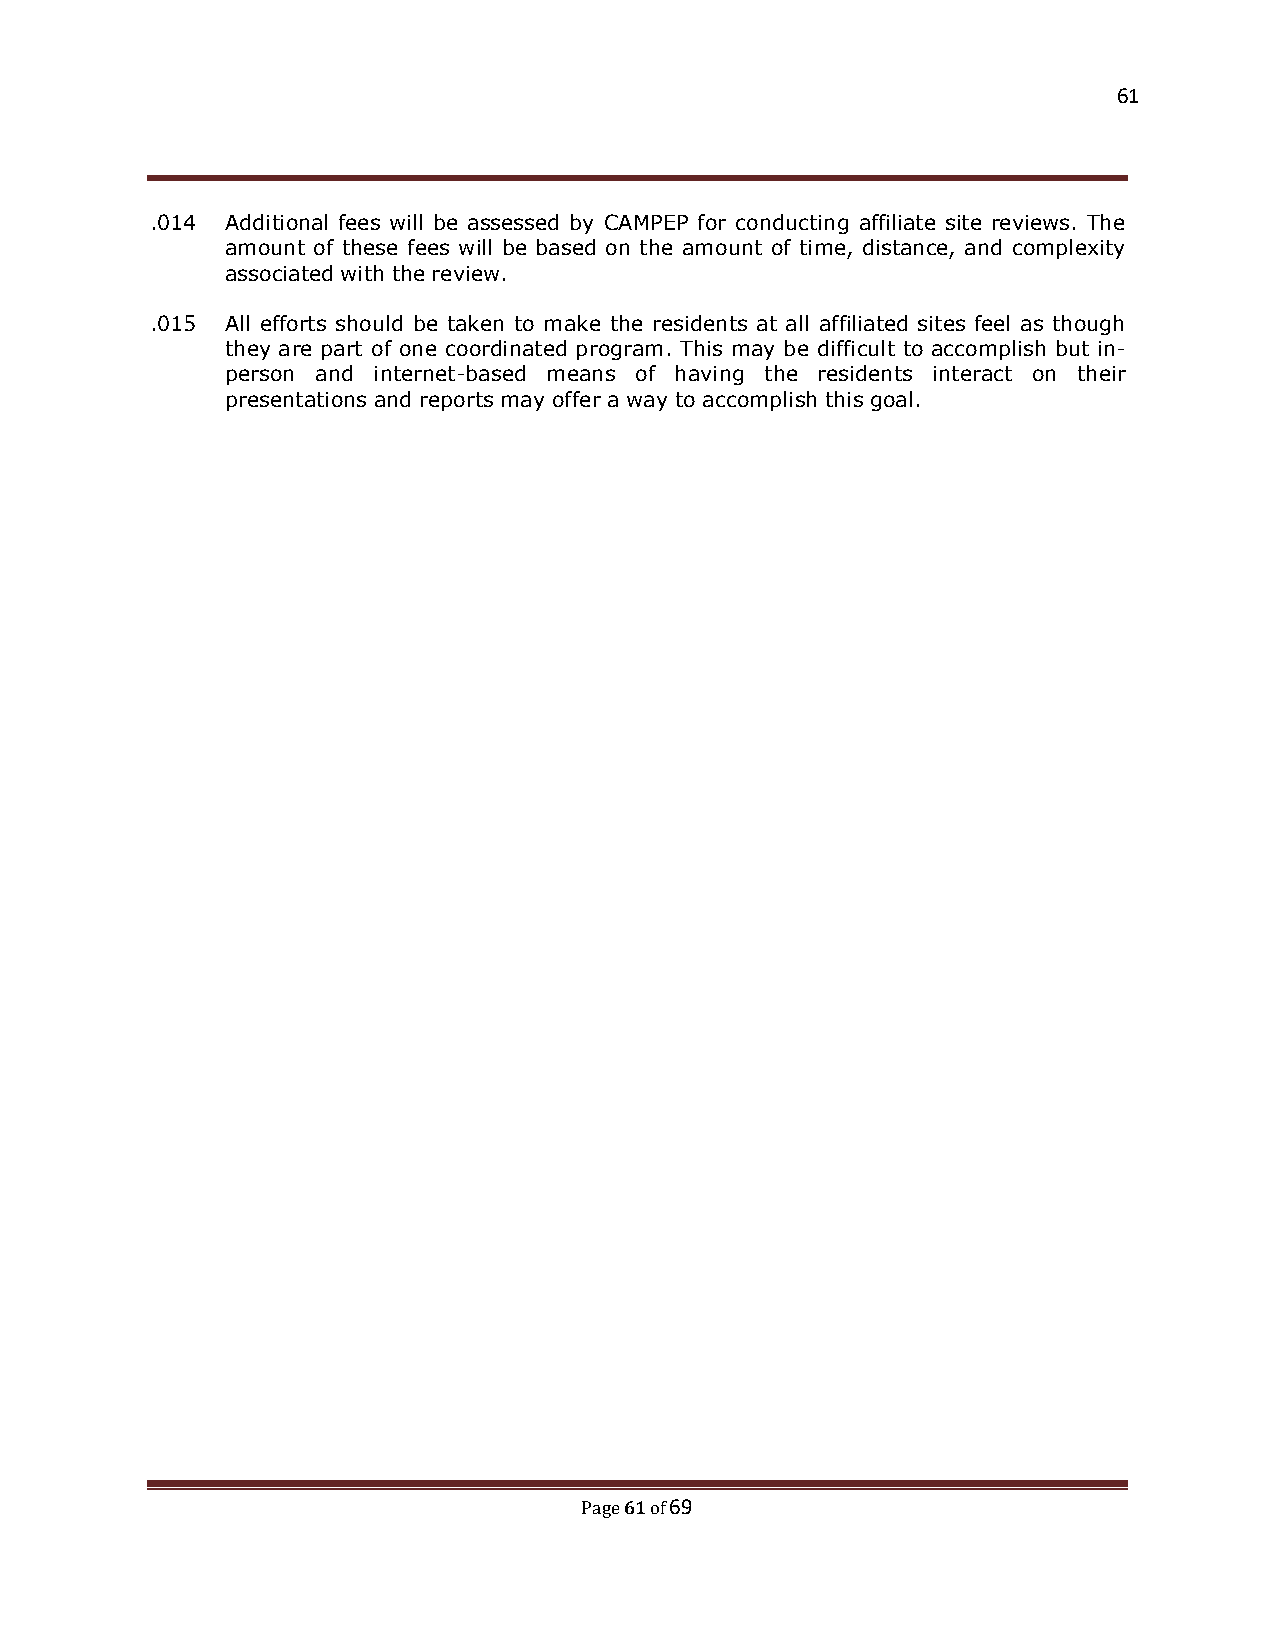
61
 .014 Additional fees will be assessed by CAMPEP for conducting affiliate site reviews. The
 amount of these fees will be based on the amount of time, distance, and complexity
 associated with the review.
 .015 All efforts should be taken to make the residents at all affiliated sites feel as though
 they are part of one coordinated program. This may be difficult to accomplish but in-
 person and internet-based means of having the residents interact on their
 presentations and reports may offer a way to accomplish this goal.
 61 69
 Page of